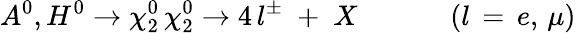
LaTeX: A^{0},H^{0}\rightarrow\chi_{2}^{0}\, \chi_{2}^{0}\rightarrow 4\, l^{\pm}\; +\; X\; \; \; \; \, \, \, \, \, \, \, \, \, \, \, \, \, (l\, =\, e,\, \mu)